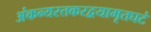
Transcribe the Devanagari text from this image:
अंकन्यस्तकरद्वयामृतघटं